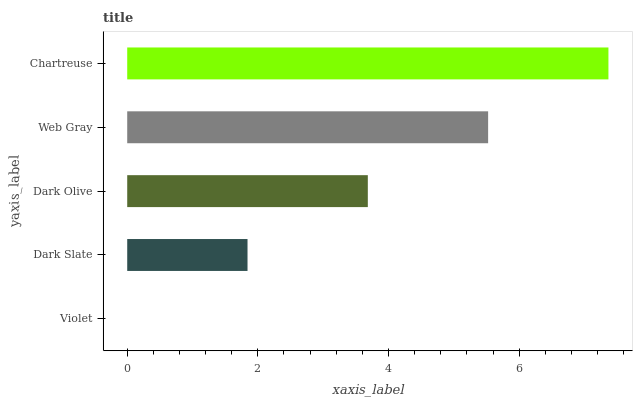
| yaxis_label | bars |
 | --- | --- |
 | Violet | 0 |
 | Dark Slate | 1.84 |
 | Dark Olive | 3.68 |
 | Web Gray | 5.52 |
 | Chartreuse | 7.37 |